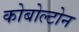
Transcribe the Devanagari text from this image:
कोबोल्टोन